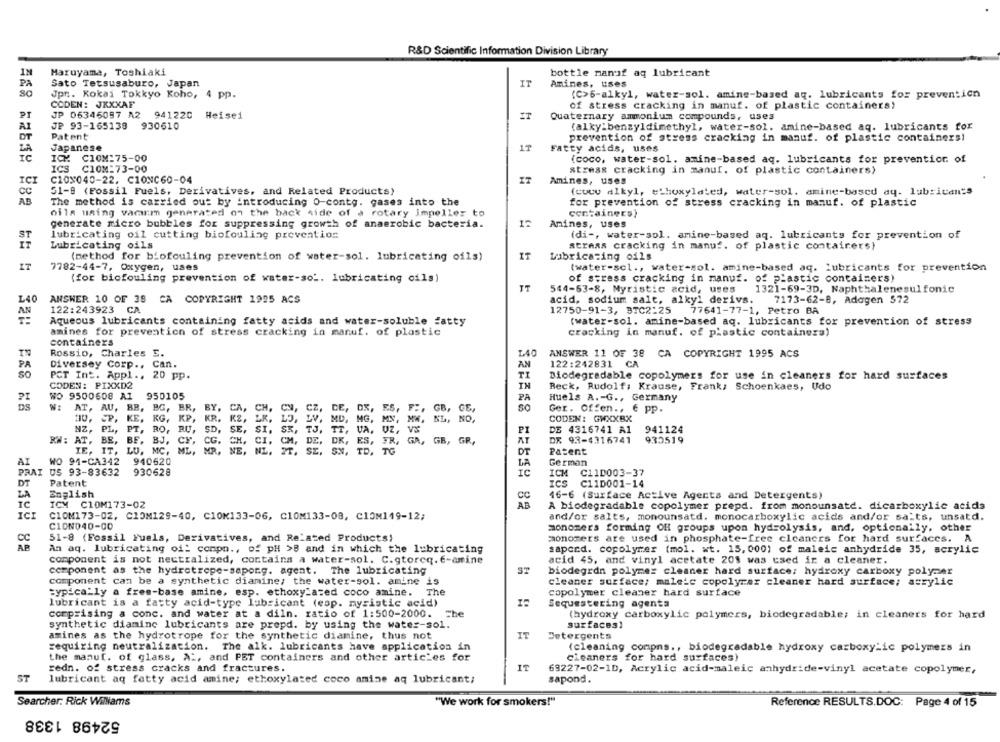
R&D Scientific Information Division Library
IN
Maruyama, Toshiaki
bottle manof aq lubricant
IT
PA
Sato Tetsusaburo, Japan
Anines, uses
80
Jpr .. Kokai Tokkyo Koho, 4 pp.
(C>6-alkyl, water-sol. amine-based aq. lubricants for prevention
CODEN: JXXXAF
of stress cracking in manuf. of plastic containers!
PT
JP 06346097 A2 941220 Heisei
IT
Quaternary ammonium compounds, uses
AI
JP 93-165138
930610
(alky:benzyldimethyl, water-sol. amine-based aq. lubricants for
DT
Patent
prevention of stress cracking in manuf. of plastic containers!
LA
Japanese
Fatty acids, uses
IC
ICH
C10M:75-00
(coco, water-sol. amine-based aq. lubricants for prevention of
ICS
C10M:73-00
stress cracking in manuf. of plastic containers)
ICI
C10X040-22. C10NC60-04
Amines, uses
CC
51-8 (Fossil Fuels, Derivatives, and Related Products)
(cucu alkyl, ethoxylated, water-sol. amine-based ay. lubricant"s
AB
The method is carried out by introducing O-contg. gases into the
for prevention of stress cracking in manuf. of plastic
oils using vacum generated on the back side of a rotary Impeller to
containers)
generate micro bubbles for suppressing growth of anaerobic bacteria.
Amines, uses
lubricating oil cutting biofouling prevention
(di -, water-sol. amine-based aq. lubricants for prevention of
Lubricating oils
straas cracking in manuf. of plastic containers)
(method for biofouling prevention of water-sol. lubricating oils)
IT
Lubricating oils
IT
7782-44-7, Oxygen, uses
(water-sol ., water-sol. amine-based aq. Lubricants for prevention
(for biofouling prevention of water-sol, lubricating oils)
of stress cracking in manuf. of plastic containers)
IT
544-63-8, Myristic acid, uses
1321-69-3D, Naphthalenesulfonic
L40
ANSWER 10 OF 38 CA COPYRIGHT 1995 ACS
acid, sodium salt, alkyl derivs.
7173-62-8, Adagen 572
122:243923 CA
12750-91-3, BTC2:25
77641-77-1, Petro BA
Aqueous lubricants containing fatty acids and water-soluble fatty
(water-sol. amine-based aq. lubricants for prevention of stress
amines for prevention of stress cracking in manuf. of plastic
cracking in manuf. of plastic containers)
containers
Rossio, Charles E.
L40
ANSWER 11 OF 38 CA COPYRIGHT 1995 ACS
PA
Diversey Corp ., Can.
AN
122:242831 CA
PCT Int. Appl ., 20 pp.
TI
Biodegradable copolymers for use in cleaners for hard surfaces
CODEN: PIXXD2
IN
Beck, Rudolf: Krause, Frank, Schoenkaes, Udo
950105
WO 9500608 A1
PA
Huels A. - G ., Germany
W:
AT, AU, BB, BG, BR, BY.
CA,
CH, CN,
Cz
CE,
FE. GB, GE,
Ger. Offen .. € Pp.
HU, CP, KE, KG, KP, KR. KZ,
MD,
MG, MN, MW, BL, NO,
CODEN: GWXXBX
NZ, PL, PT, RO, BU, SD, SE,
P
DE 4316741 A1
941124
SE, SI, SE,
73 .
TI, VA, UZ, V
RW: AT, BE, BE, BJ, CF, CG. CH.
CG. CH,
DE . DK ,
DK, ES, FR, GA, GB, GR,
AT
DE 93-4316741
930519
IE, IT, LU. MC, ML, MR. NE.
SE.
SN, TD,
DT
Patent
AI
WO 91-CA342
940620
German
LA
PRAT
US 93-83632
930628
IC
ICM C110003-37
DT
Patent
ICS C110001-14
ZA
English
CC
46-6 (Surface Active Agents and Detergents)
IC
ICM C10M173-02
AB
A biodegradable copolymer prepd. from monounsatd. dicarboxylic acids
ICI
CIOM173-02, CIOM129-40, C10K133-06, C10M133-08, C10M149-12;
and/or salts, monounsatd. monocarboxylic acids and/or salts, unsatd.
CION040-00
monomers forming OH groups upon hydrolysis, and, optionally, other
CC
51-8 (Fossil Fuels, Derivatives, and Related Products)
monomers are used in phosphate-free cleaners for hard surfaces. A
An aq. lubricating of: compn ., of pH >B and in which the lubricating
saperd. copolymer (mol. wt. 15, 000) of maleic anhydride 35, acrylic
component is not nectralized, contains a water-sol. C.gtoreq. E-amine
acid 45, and vinyl acetate 20$ was used in a cleaner.
component as the hydrotrepe-sapong. agent. The lubricating
biodegrdn polymer cleaner hard surface; hydroxy carboxy polymer
component can be a synthetic diamine; the water-sol. amine is
cleaner surface; malcie copolymer cleaner hard surface; acrylic
typically a free-base amine, esp. ethoxy_ated coco amine. The
copolymer cleaner hard surface
lubricant is a fatty acid-type lubricant (esp. myristic acid)
Sequestering agenta
comprising a conc. and water at a diln. ratio of 1:500-2000.
The
(hydroxy carboxylic polymers, biodegradable; in cleaners for hard
synthetic diamine lubricants are prepd. by using the water-sol.
surfaces)
amines as the hydrotrope for the synthetic diamine, thus not
IT
Detergents
requiring neutralization. The alk. lubricants have application in
(cleaning compns ., biodegradable hydroxy carboxylic polymers in
the manuf. of glass, A :, and PET containers and other articles for
cleaners for hard surfaces)
redn. of stress cracks and fractures.
IT
69227-02-1D, Acrylic acid-maleic anhydride-vinyl acetate copolymer,
ST
lubricant aq fatty acid amine; ethoxylated coco amine aq lubricant;
sapond.
Searcher: Rick Williams
"We work for smokers!"
Reference RESULTS.DOC: Page 4 of 15
52498 1338